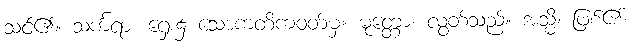
သင်၏။ သင်္ကရာ၊ ရှေး၌ သောကတိကဝတ်မှ။ မုတ္တော၊ လွတ်သည်။ အသ္မိ၊ ဖြစ်၏။